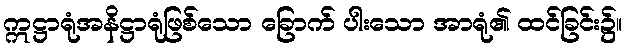
ဣဋ္ဌာရုံအနိဋ္ဌာရုံဖြစ်သော ခြောက် ပါးသော အာရုံ၏ ထင်ခြင်း၌။